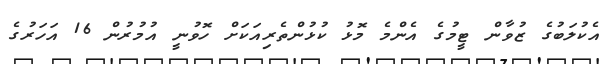
އެކުލަބުގެ ޒުވާން ޓީމުގެ އެންމެ މޮޅު ކުޅުންތެރިއަކަށް ހޮވުނީ އުމުރުން 16 އަހަރުގެ